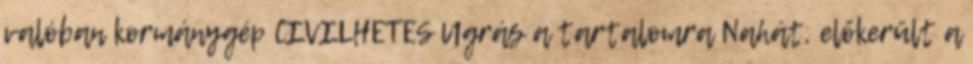
valóban kormánygép CIVILHETES Ugrás a tartalomra Nahát, előkerült a